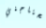
يحتاجني